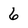
Character: 6